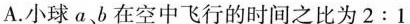
A.小球a、b在空中飞行的时间之比为2:1